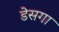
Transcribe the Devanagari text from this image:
डेसगा